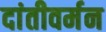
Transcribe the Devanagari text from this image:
दांतीवर्मन